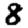
Digit: 8